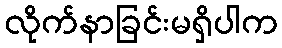
လိုက်နာခြင်းမရှိပါက